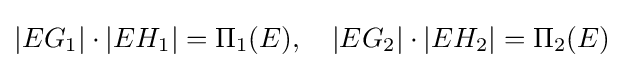
|EG_{1}|\cdot |EH_{1}|=\Pi _{1}(E),\quad |EG_{2}|\cdot |EH_{2}|=\Pi _{2}(E)